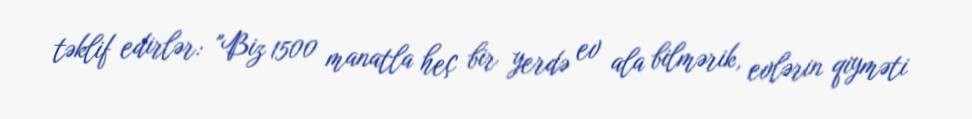
təklif edirlər: "Biz 1500 manatla heç bir yerdə ev ala bilmərik, evlərin qiyməti